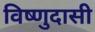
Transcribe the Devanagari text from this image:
विष्णुदासी